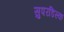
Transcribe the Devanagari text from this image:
सुपरडिस्क